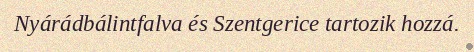
Nyárádbálintfalva és Szentgerice tartozik hozzá.